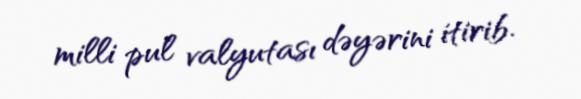
milli pul valyutası dəyərini itirib.